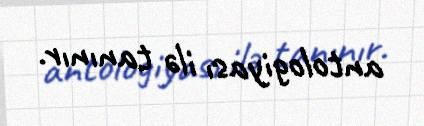
antologiyası ilə tanınır.